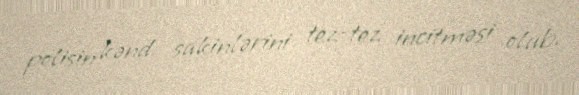
polisin kənd sakinlərini tez-tez incitməsi olub.